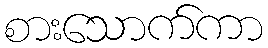
စားသောက်ကာ